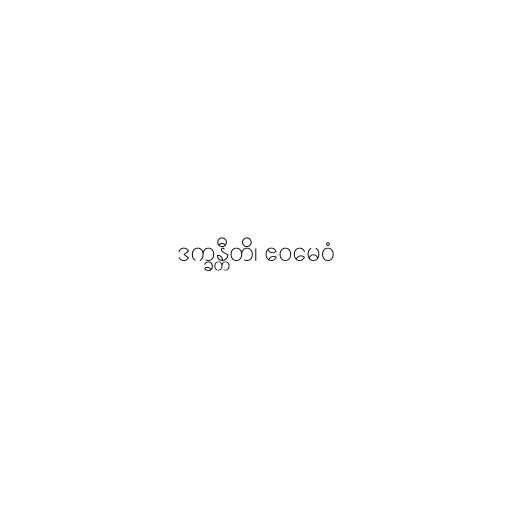
ဒက္ခန္တီတိ၊ ဧဝမေဝံ